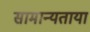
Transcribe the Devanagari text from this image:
सामान्यताया